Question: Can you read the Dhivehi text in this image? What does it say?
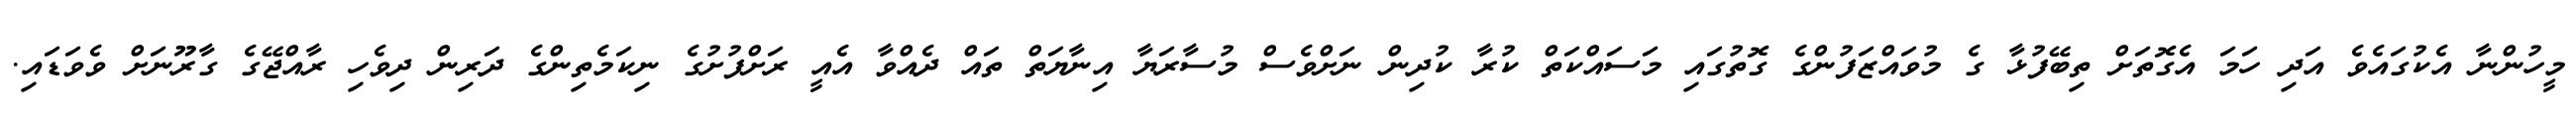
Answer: މީހުންނާ އެކުގައެވެ އަދި ހަމަ އެގޮތަށް ތިބޭފުޅާ ގެ މުވައްޒަފުންގެ ގޮތުގައި މަސައްކަތް ކުރާ ކުދިން ނަށްވެސް މުސާރަޔާ އިނާޔަތް ތައް ދެއްވާ އެއީ ރަށްފުށުގެ ނިކަމެތިންގެ ދަރިން ދިވެހި ރާއްޖޭގެ ގާރޫނަށް ވެވަޑައި.